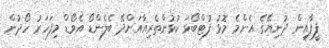
ފީފާއިން ދުނިޔޭގެ އެންމެ މޮޅު ފުޓްބޯޅަ ކުޅުންތެރިއާއަށްދޭ ބެލެންޑޯ އެވޯޑް މިފަހަރު ހޯދުން